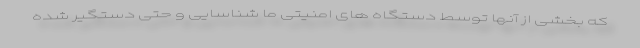
که بخشی از آنها توسط دستگاه های امنیتی ما شناسایی و حتی دستگیر شده